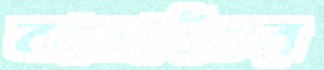
কালাইচর